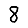
Digit: 8